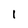
Character: 1